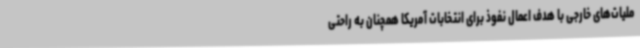
ملیات‌های خارجی با هدف اعمال نفوذ برای انتخابات آمریکا همچنان به راحتی